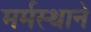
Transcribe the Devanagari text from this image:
मर्मस्थाने